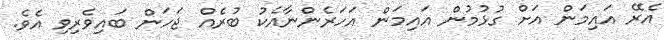
އެރޭ އައިމަން އަށް ގުޅުމުން އައިމަން އަހަރެންނާއެކު ބުރެއް ޖަހަން ބައިވެރިވި އެވެ.